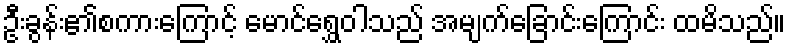
ဦးခွန်း၏စကားကြောင့် မောင်ရွှေဝါသည် အမျက်ခြောင်းကြောင်း ထမိသည်။